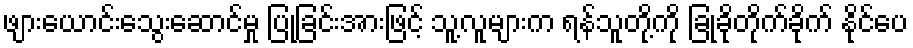
ဖျားယောင်းသွေးဆောင်မှု ပြုခြင်းအားဖြင့် သူ့လူများက ရန်သူတို့ကို ခြုံခိုတိုက်ခိုက် နိုင်ပေ